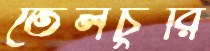
তেলচুরি